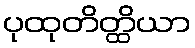
ပုထုတိတ္ထိယာ